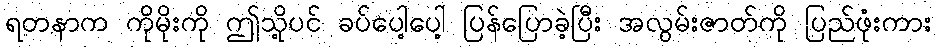
ရတနာက ကိုမိုးကို ဤသို့ပင် ခပ်ပေါ့ပေါ့ ပြန်ပြောခဲ့ပြီး အလွမ်းဇာတ်ကို ပြည်ဖုံးကား